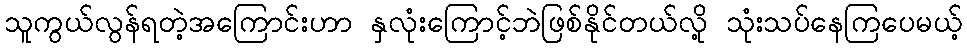
သူကွယ်လွန်ရတဲ့အကြောင်းဟာ နှလုံးကြောင့်ဘဲဖြစ်နိုင်တယ်လို့ သုံးသပ်နေကြပေမယ့်